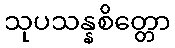
သုပသန္နစိတ္တော